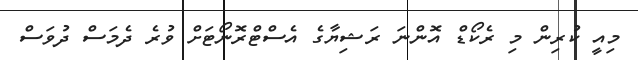
މިއީ ކުރިން މި ރެކޯޑް އޮންނަ ރަޝިޔާގެ އެސްޓްރޮނޯޓަށް ވުރެ ދެމަސް ދުވަސް